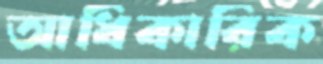
আধিকারিক